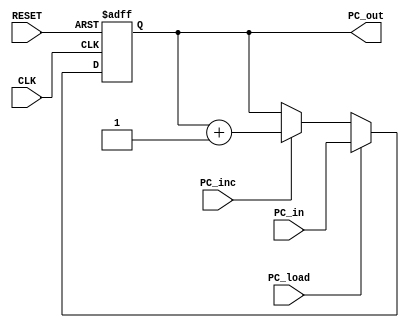
`timescale 1ns / 1ps
//////////////////////////////////////////////////////////////////////////////////
// Company: 
// Engineer: 
// 
// Design Name: 
// Module Name:    ProgramCounter 
// Project Name: 
// Target Devices: 
// Tool versions: 
// Description: 
//
// Dependencies: 
//
// Revision: 
// Revision 0.01 - File Created
// Additional Comments: 
//
//////////////////////////////////////////////////////////////////////////////////
module ProgramCounter(
    input [7:0] PC_in,
    input CLK,
    input RESET,
    input PC_load,
    input PC_inc,
    output reg [7:0] PC_out
    );
	 always @(posedge CLK or negedge RESET) begin
		if(RESET == 0)
				PC_out <= 8'b0;
		else if(PC_load == 1)
			PC_out <= PC_in;
		else if(PC_inc == 1)
			PC_out <= PC_out + 1'b1;
	 end

endmodule